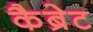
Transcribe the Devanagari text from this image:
कैब्रेट